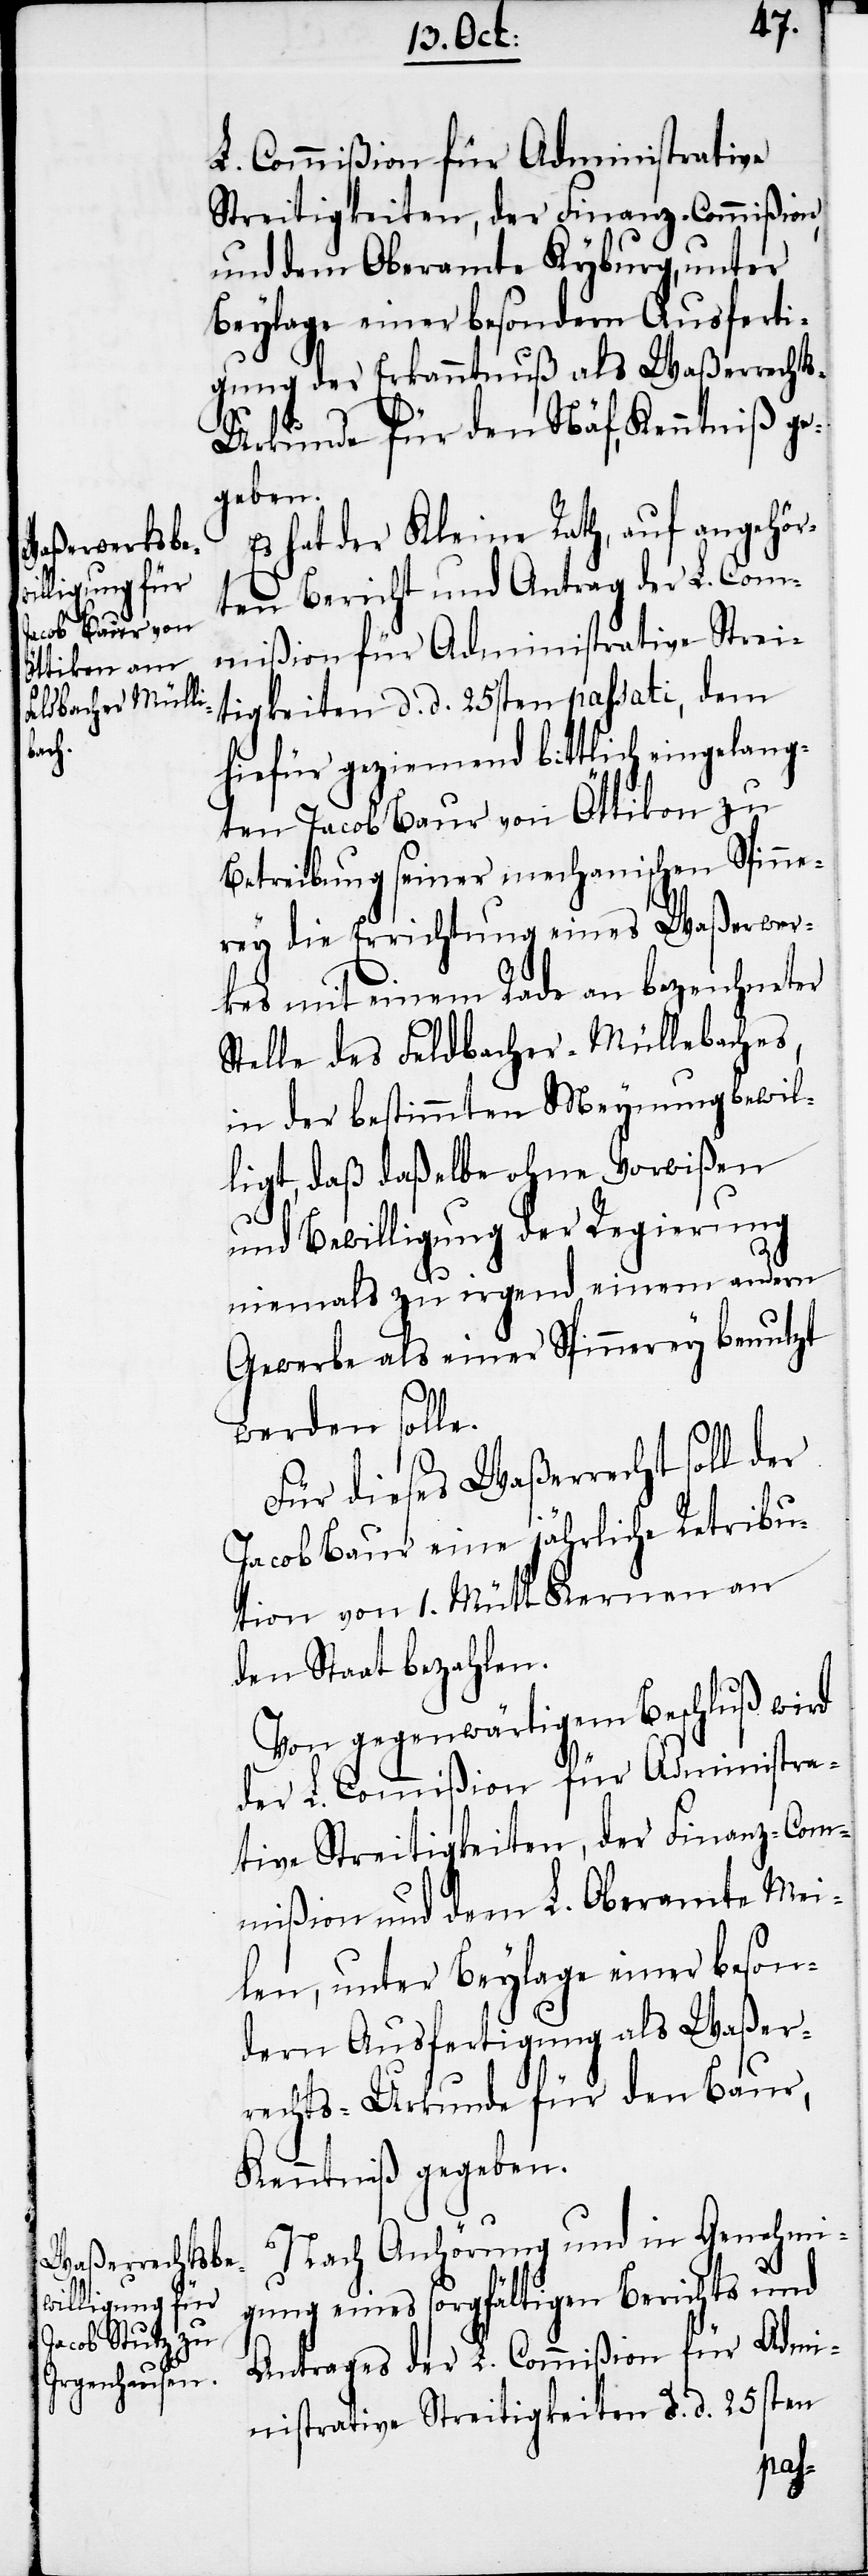
L. Commißion für Administrative
Streitigkeiten, der Finanz-Commißion,
und dem Oberamte Kyburg, unter
Beylage einer besondern Ausferti¬
gung der Erkanntnuß als Waßerrecht¬
s-Urkunde für den Näf, Kenntniß ge¬
geben.
hat der Kleine Rath, auf angehör¬
ten Bericht und Antrag der L. Com¬
mißion für Administrative Strei¬
tigkeiten d. d. 25sten passati, dem
hiefür geziemend bittlich eingelang¬
ten Jacob Baur von Öttikon zu
Betreibung seiner mechanischen Spinne¬
rey die Errichtung eines Waßerwer¬
kes mit einem Rade an bezeichneter
Stelle des Feldbacher-Müllebaches,
in der bestimmten Meynung bewil¬
ligt, daß daßelbe ohne Vorwißen
und Bewilligung der Regierung
niemals zu irgend einem andern
Gewerbe als einer Spinnerey benutzt
werden solle.
Für dieses Waßerrecht soll der
Jacob Baur eine jährliche Retribu¬
tion von 1. Mütt Kernen an
den Staat bezahlen.
Von gegenwärtigem Beschluß wird
der Commißion für Administra¬
tive Streitigkeiten, der Finanz-Com¬
mißion und dem L. Oberamte Mei¬
len, unter Beylage einer beson¬
dern Ausfertigung als Waßer¬
rechts-Urkunde für den Baur,
Kenntniß gegeben.
Nach Anhörung und in Genehmi¬
gung eins sorgfältigen Berichts und
Antrages der L. Commißion für Admi¬
nistrative Streitigkeiten d. d. 25sten